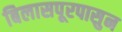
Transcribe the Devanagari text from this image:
बिलासपूरपासुन